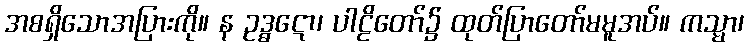
အစရှိသောအပြားကို။ န ဥဒ္ဓဋော၊ ပါဠိတော်၌ ထုတ်ပြာတော်မမူအပ်။ ကသ္မာ၊